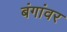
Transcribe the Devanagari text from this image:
बंगांवर